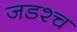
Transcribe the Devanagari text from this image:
जडश्च